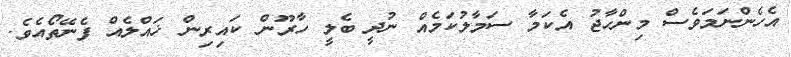
އެހެންނަމަވެސް މިންހާޖު އެކަމާ ސަމާލުކަމެއް ނުދީ ބެލީ ހާރޫން ކައިރިން ޚައްލެއް ފެނޭތޯއެވެ.